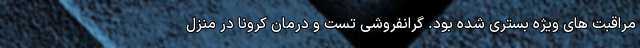
مراقبت های ویژه بستری شده بود. گرانفروشیِ تست و درمان کرونا در منزل